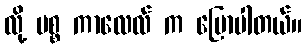
လို့ မစ္စ ကာလေလ် က ပြောပါတယ်။